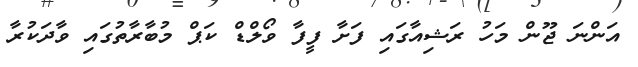
އަންނަ ޖޫން މަހު ރަޝިއާގައި ފަށާ ފީފާ ވޯލްޑް ކަޕް މުބާރާތުގައި ވާދަކުރާ